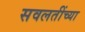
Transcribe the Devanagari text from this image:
सवलतींच्या